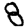
Digit: 8